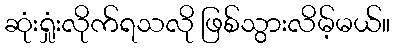
ဆုံးရှုံးလိုက်ရသလို ဖြစ်သွားလိမ့်မယ်။